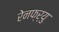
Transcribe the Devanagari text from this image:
रेनफ्र्यु